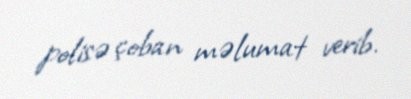
polisə çoban məlumat verib.